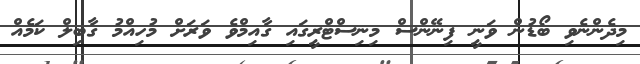
މިދެންނެވި ބޯޑުން ވަނީ ފިނޭންސް މިނިސްޓްރީގައި ގާއިމްވެ ވަރަށް މުހިއްމު ގާބިލް ކަމެއް